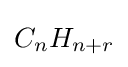
C_{n}H_{n+r}